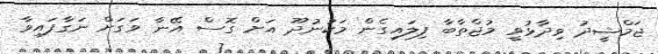
ޖަމްޝީދު ވިދާޅުވީ މުޖްތާބާ ފިލައިގެން މަކުނުދޫ އަށް ގޮސް އޭނާ ވަގަށް ނަގާފައިވާ